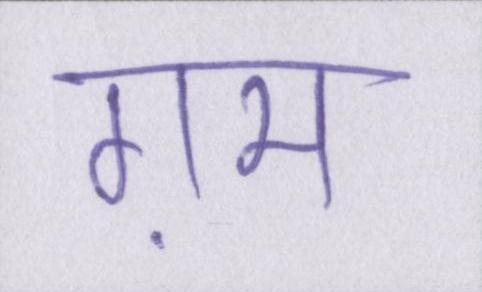
ग़म